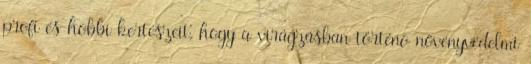
profi és hobbi kertészeit, hogy a virágzásban történõ növényvédelmi